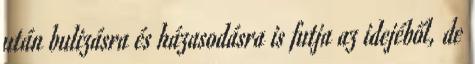
után bulizásra és házasodásra is futja az idejéből, de